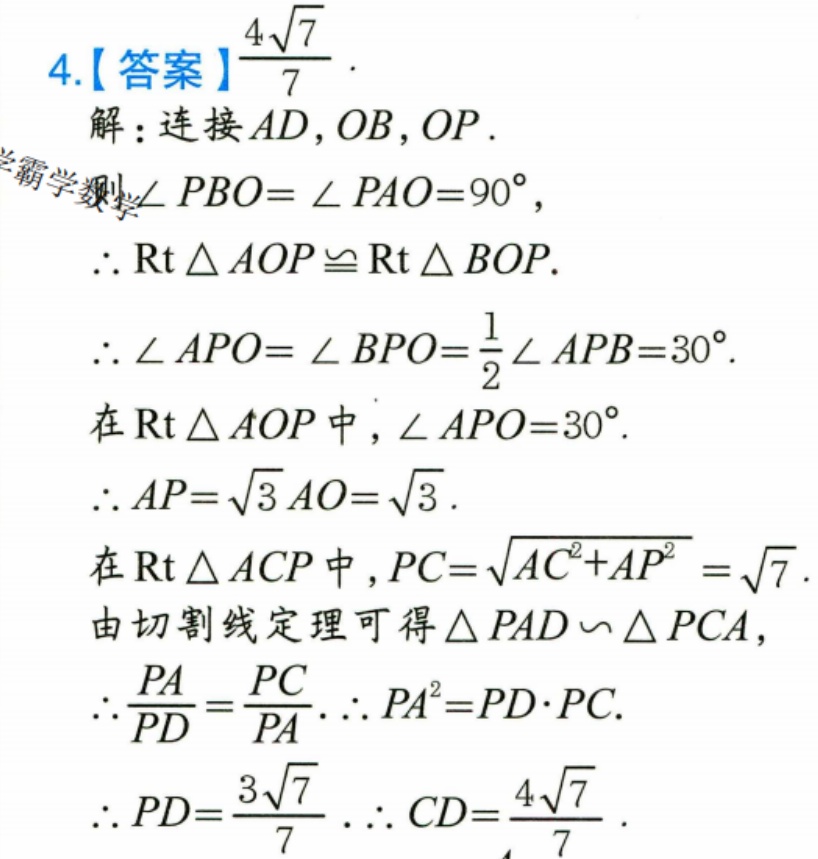
4.【答案】$\frac{4\sqrt{7}}{7}$.
解：连接$AD,OB,OP$.
$\because\angle PBO = \angle PAO = 90^{\circ}$，
$\therefore \mathrm{Rt}\triangle AOP\cong\mathrm{Rt}\triangle BOP$.
$\therefore \angle APO=\angle BPO=\frac{1}{2}\angle APB = 30^{\circ}$.
在$\mathrm{Rt}\triangle AOP$中，$\angle APO = 30^{\circ}$.
$\therefore AP=\sqrt{3}AO=\sqrt{3}$.
在$\mathrm{Rt}\triangle ACP$中，$PC=\sqrt{AC^{2}+AP^{2}}=\sqrt{7}$.
由切割线定理可得$\triangle PAD\backsim\triangle PCA$，
$\therefore \frac{PA}{PD}=\frac{PC}{PA}$.$\therefore PA^{2}=PD\cdot PC$.
$\therefore PD=\frac{3\sqrt{7}}{7}$.$\therefore CD=\frac{4\sqrt{7}}{7}$.